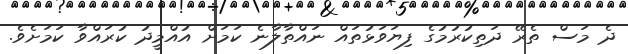
ދެ މަސް ތެރޭ ދަތިކުރުމުގެ ފިޔަވަޅުތައް ނައްތާލާނެ ކަމަށް އުއްމީދު ކުރައްވާ ކަމަށެވެ.